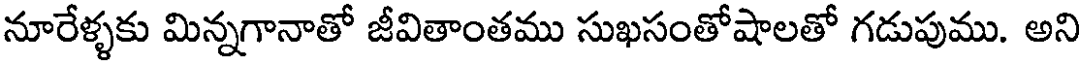
నూరేళ్ళకు మిన్నగానాతో జీవితాంతము సుఖసంతోషాలతో గడుపుము. అని